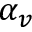
\alpha _ { v }